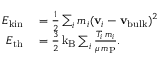
\begin{array} { r l } { E _ { \mathrm { k i n } } } & { { } = \frac { 1 } { 2 } \sum _ { i } m _ { i } ( { \bf v } _ { i } - { \bf v _ { \mathrm { b u l k } } } ) ^ { 2 } } \\ { E _ { \mathrm { t h } } } & { { } = \frac { 3 } { 2 } \, \mathrm { k _ { B } } \sum _ { i } \frac { T _ { i } \, m _ { i } } { \mu \, m _ { \mathrm { P } } } . } \end{array}